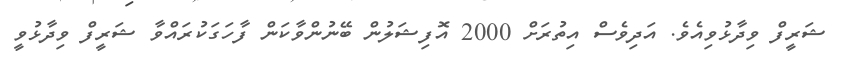
ޝަރީފް ވިދާޅުވިއެވެ. އަދިވެސް އިތުރަށް 2000 އޮފިޝަލުން ބޭނުންވާކަން ފާހަގަކުރައްވާ ޝަރީފް ވިދާޅުވީ